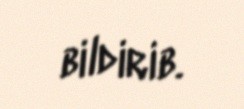
bildirib.